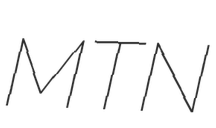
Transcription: MTN